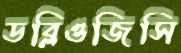
ডব্লিওজিসি